Note on the mental hospitals in Burma - 1925-1940
Year: 1925
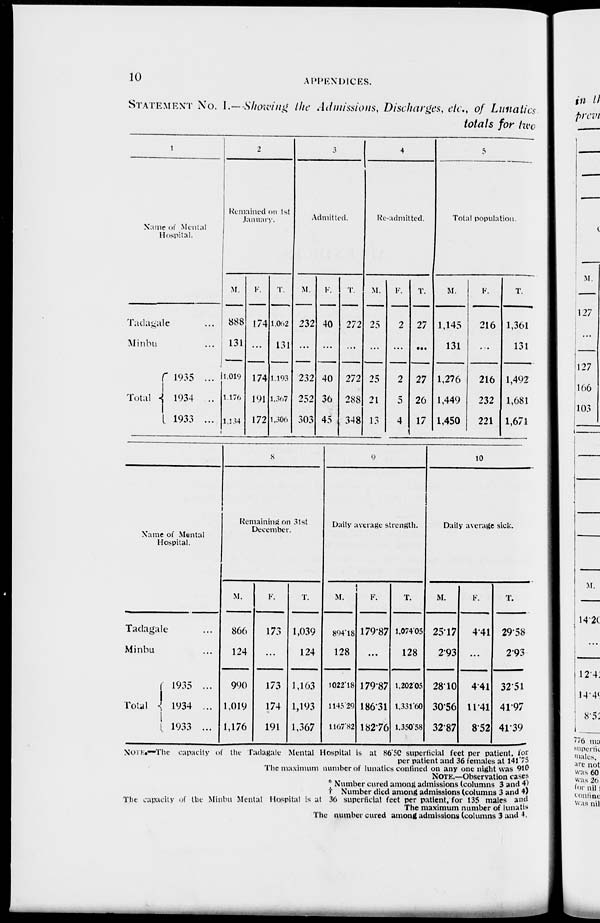
10
APPENDICES.
STATEMENT No. I.—Showing the Admissions, Discharges, etc., of Lunatics
totals for two
1
Name of Mental
Hospital.
Tadagale ...
Minbu ...
Total
1935 ...
1934 ...
1933 ...
2
Remained on 1st
January.
M.
888
131
1,019
1,176
1,134
F.
174
...
174
191
172
T.
1,062
131
1,193
1.367
1,306
3
Admitted.
M.
232
...
232
252
303
F.
40
...
40
36
45
T.
272
...
272
288
348
4
Re-admitted.
M.
25
...
25
21
13
F.
2
...
2
5
4
T.
27
...
27
26
17
5
Total population.
M.
1,145
131
1,276
1,449
1,450
F.
216
...
216
232
221
T.
1,361
131
1,492
1,681
1,671
Name of Mental
Hospital.
Tadagale ...
Minbu ...
Total
1935 ...
1934 ...
1933 ...
8
Remaining on 31st
December.
M.
866
124
990
1,019
1,176
F.
173
...
173
174
191
T.
1,039
124
1,163
1,193
1,367
9
Daily average strength.
M.
894.18
128
1022.18
1145.29
1167.82
F.
179.87
...
179.87
186.31
18276
T.
1,07405
128
1,202.05
1.331.60
1.350.58
10
Daily average sick.
M.
25.17
2.93
28.10
30.56
32.87
F.
4.41
...
4.41
11.41
8.52
T.
29.58
2.93
32.51
41.97
41.39
NOTE.—The capacity of the Tadagale Mental Hospital is at 86.50 superficial feet per patient, for
per patient and 36 females at 141.75
The maximum number of lunatics confined on any one night was 910
NOTE.—Observation cases
* Number cured among admissions (columns 3 and 4)
† Number died among admissions (columns 3 and 4)
The capacity of the Minbu Mental Hospital is at 36 superficial feet per patient, for 135 males and
The maximum number of lunatic
The number cured among admissions (columns 3 and 4.